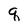
Character: q